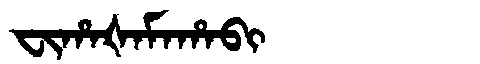
Manchu: ᠸᡳᡥᠠᡧᠠᠮᠠᡥᠠᠪᡳ
Romanization: FIHAŠAMAHABI